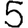
Digit: 5